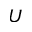
U